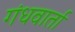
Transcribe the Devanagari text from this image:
गंधवार्ता